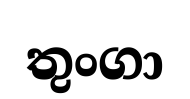
තුංගා